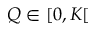
Q \in [ 0 , K [